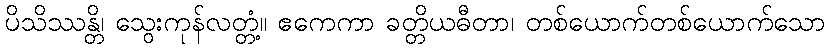
ပိသိဿန္တိ၊ သွေးကုန်လတ္တံ့။ ဧကေကာ ခတ္တိယဓီတာ၊ တစ်ယောက်တစ်ယောက်သော